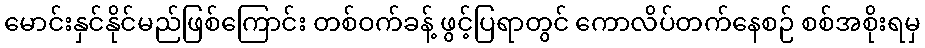
မောင်းနှင်နိုင်မည်ဖြစ်ကြောင်း တစ်ဝက်ခန့် ဖွင့်ပြရာတွင် ကောလိပ်တက်နေစဉ် စစ်အစိုးရမှ